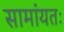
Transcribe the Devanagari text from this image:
सामांयतः